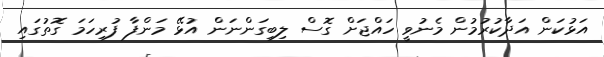
އަޅުކަން އަދާކުރުމުން މެނުވީ ހައްޖަށް ގޮސް ލިބިގަންނަން އުޅޭ މަންފާ ފުރިހަމަ ގޮތުގައި